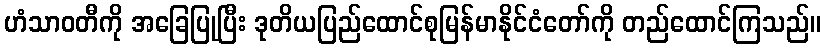
ဟံသာဝတီကို အခြေပြုပြီး ဒုတိယပြည်ထောင်စုမြန်မာနိုင်ငံတော်ကို တည်ထောင်ကြသည်။